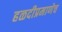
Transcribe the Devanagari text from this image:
हळदीप्रमाणेच